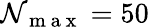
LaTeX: \mathcal{N}_{\mathrm{{~m~a~x~}}}=50